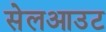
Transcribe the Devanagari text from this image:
सेलआउट